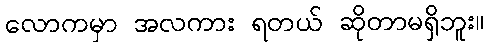
လောကမှာ အလကား ရတယ် ဆိုတာမရှိဘူး။